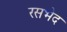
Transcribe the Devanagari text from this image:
रसभेद